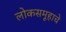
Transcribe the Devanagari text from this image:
लोकसमूहाचे